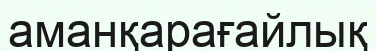
аманқарағайлық